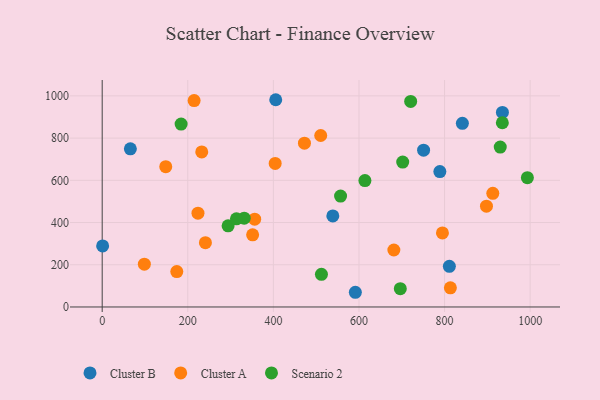
{"axis": {"x": "Investment", "y": "Exam Score"}, "legend": ["Cluster A", "Cluster B", "Scenario 2"], "data": [{"x": "811.2", "y": 192.5, "type": "Cluster B"}, {"x": "789.0", "y": 641.6, "type": "Cluster B"}, {"x": "65.8", "y": 749.4, "type": "Cluster B"}, {"x": "841.6", "y": 869.9, "type": "Cluster B"}, {"x": "935.2", "y": 921.4, "type": "Cluster B"}, {"x": "751.0", "y": 743.0, "type": "Cluster B"}, {"x": "591.5", "y": 69.6, "type": "Cluster B"}, {"x": "1.0", "y": 289.2, "type": "Cluster B"}, {"x": "538.9", "y": 431.2, "type": "Cluster B"}, {"x": "405.5", "y": 981.8, "type": "Cluster B"}, {"x": "223.8", "y": 444.1, "type": "Cluster A"}, {"x": "897.9", "y": 477.4, "type": "Cluster A"}, {"x": "241.2", "y": 304.6, "type": "Cluster A"}, {"x": "98.5", "y": 202.9, "type": "Cluster A"}, {"x": "912.7", "y": 538.6, "type": "Cluster A"}, {"x": "351.5", "y": 342.0, "type": "Cluster A"}, {"x": "813.6", "y": 90.7, "type": "Cluster A"}, {"x": "795.0", "y": 350.8, "type": "Cluster A"}, {"x": "174.3", "y": 167.6, "type": "Cluster A"}, {"x": "404.2", "y": 680.2, "type": "Cluster A"}, {"x": "148.5", "y": 664.6, "type": "Cluster A"}, {"x": "356.3", "y": 415.7, "type": "Cluster A"}, {"x": "214.8", "y": 977.6, "type": "Cluster A"}, {"x": "681.5", "y": 269.9, "type": "Cluster A"}, {"x": "510.6", "y": 812.3, "type": "Cluster A"}, {"x": "472.6", "y": 776.0, "type": "Cluster A"}, {"x": "232.6", "y": 734.3, "type": "Cluster A"}, {"x": "331.8", "y": 420.6, "type": "Scenario 2"}, {"x": "935.0", "y": 872.7, "type": "Scenario 2"}, {"x": "702.2", "y": 686.6, "type": "Scenario 2"}, {"x": "613.9", "y": 598.9, "type": "Scenario 2"}, {"x": "294.2", "y": 384.5, "type": "Scenario 2"}, {"x": "184.4", "y": 866.5, "type": "Scenario 2"}, {"x": "930.1", "y": 757.7, "type": "Scenario 2"}, {"x": "696.6", "y": 86.6, "type": "Scenario 2"}, {"x": "557.0", "y": 525.3, "type": "Scenario 2"}, {"x": "720.8", "y": 973.9, "type": "Scenario 2"}, {"x": "313.7", "y": 417.4, "type": "Scenario 2"}, {"x": "993.5", "y": 612.4, "type": "Scenario 2"}, {"x": "512.3", "y": 154.7, "type": "Scenario 2"}]}